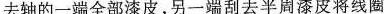
去轴的一端全部漆皮，另一端刮去半周漆皮将线圈